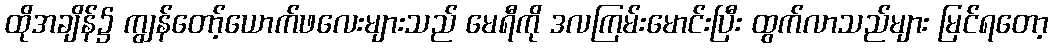
ထိုအချိန်၌ ကျွန်တော့်ယောက်ဖလေးများသည် မေရီကို ဒလကြမ်းမောင်းပြီး ထွက်လာသည်များ မြင်ရတော့